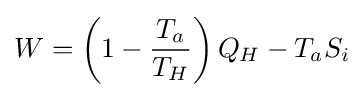
W=\left(1-{\frac {T_{a}}{T_{H}}}\right)Q_{H}-T_{a}S_{i}